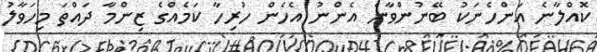
ކޮއްލާނެ އަންހެނަކު ބޭނުންވާނެ އެންނު އެހެން ހުރިހާ ކަމެއްގެ ޒިންމާ ދައްތަ މިހަވާލު